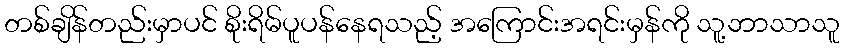
တစ်ချိန်တည်းမှာပင် စိုးရိမ်ပူပန်နေရသည့် အကြောင်းအရင်းမှန်ကို သူ့ဘာသာသူ